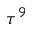
\tau ^ { 9 }